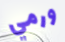
ورمي